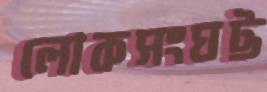
লোকসংঘট্ট